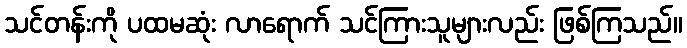
သင်တန်းကို ပထမဆုံး လာရောက် သင်ကြားသူများလည်း ဖြစ်ကြသည်။